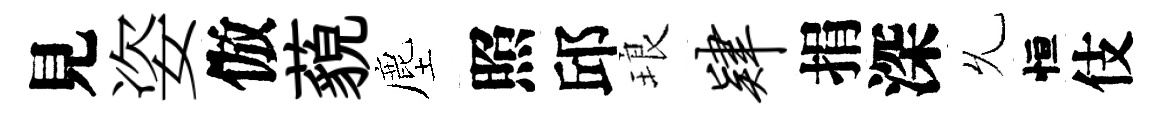
見姿倣藐塵照邱琅肄捐深𠃔恒伎